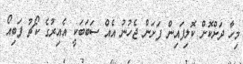
މިހާ ދަށްކޮށް ކޮލިފައިން ފަށަން ޖެހުނު އެއް ސަބަބަކީ އެއިރުގެ ކޯޗު ފަބިއޯ